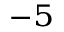
^ { - 5 }